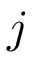
j